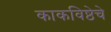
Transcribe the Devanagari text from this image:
काकविष्ठेचे